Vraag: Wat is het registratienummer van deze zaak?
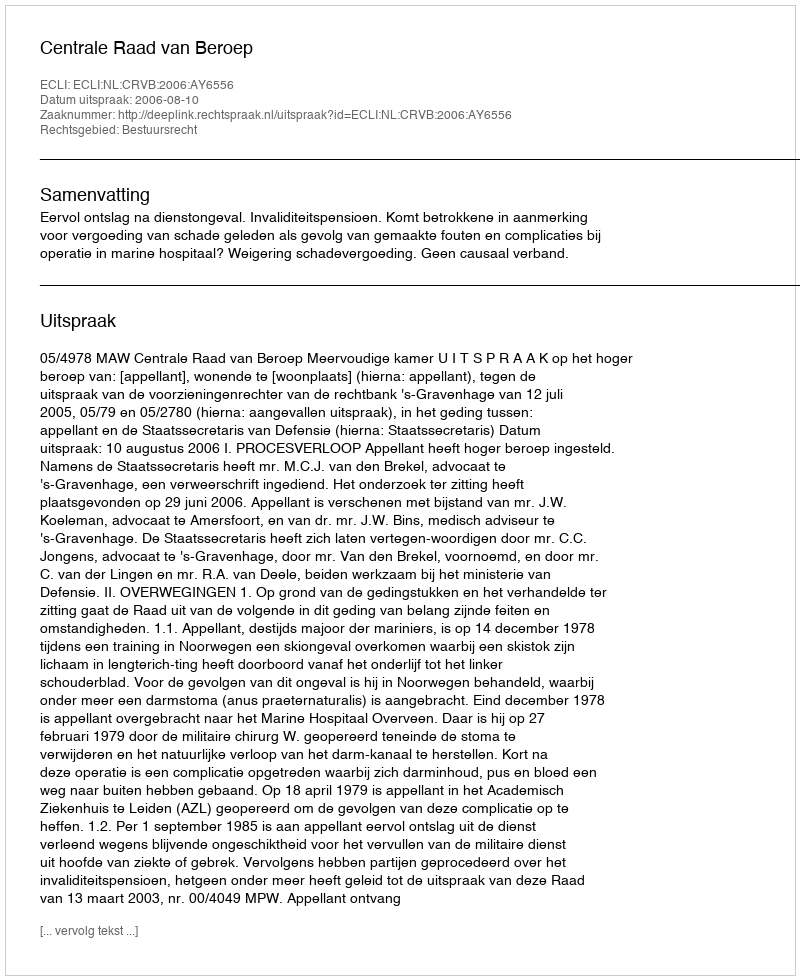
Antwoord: http://deeplink.rechtspraak.nl/uitspraak?id=ECLI:NL:CRVB:2006:AY6556